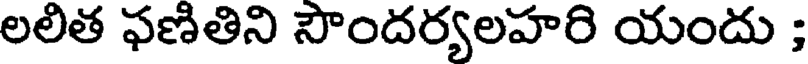
లలిత ఫణితిని సౌందర్యలహరి యందు ;